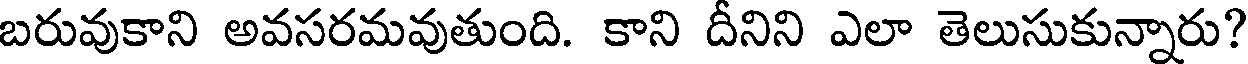
బరువుకాని అవసరమవుతుంది. కాని దీనిని ఎలా తెలుసుకున్నారు?